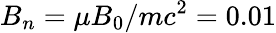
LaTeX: B_{n}=\mu B_{0}/mc^{2}=0.01